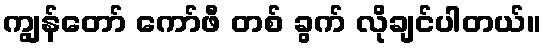
ကျွန်တော် ကော်ဖီ တစ် ခွက် လိုချင်ပါတယ်။